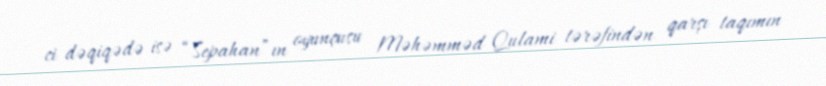
ci dəqiqədə isə “Sepahan”ın oyunçusu Məhəmməd Qulami tərəfindən qarşı taqımın